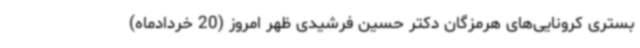
بستری کرونایی‌های هرمزگان دکتر حسین فرشیدی ظهر امروز (20 خردادماه)